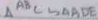
\Delta A B C \sim \Delta A D E